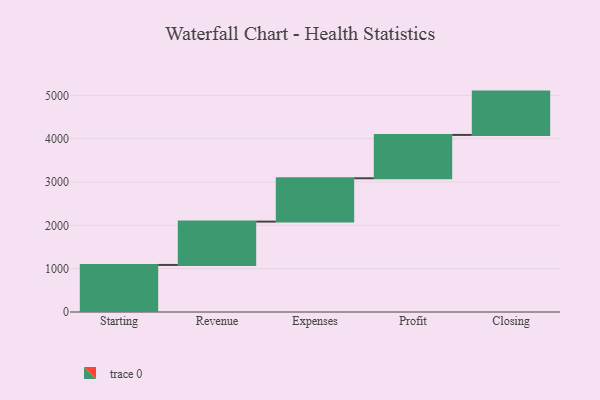
{"axis": {"x": "Step", "y": "Value"}, "legend": [""], "data": [{"x": "Starting", "y": 1086.0, "type": ""}, {"x": "Revenue", "y": 1000, "type": ""}, {"x": "Expenses", "y": 1000, "type": ""}, {"x": "Profit", "y": 1000, "type": ""}, {"x": "Closing", "y": 1000, "type": ""}]}